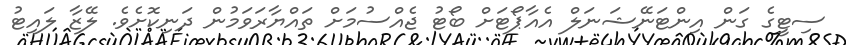
ސިޓީގެ ގަން އިންޓަނޭޝަނަލް އެއާޕޯޓަށް ބޯޓު ޖެއްސުމަށް ތައްޔާރަވަމުން ދަނިކޮށެވެ. ލޭޒާ ލައިޓު